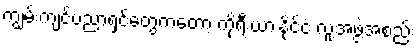
ကျွမ်းကျင်ပညာရှင်တွေကတော့ ကိုရီးယားနိုင်ငံ လူ့အဖွဲ့အစည်း